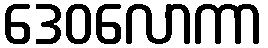
ဒေဝလောကာ